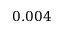
0 . 0 0 4